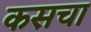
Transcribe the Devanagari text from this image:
कसचा